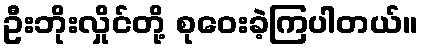
ဦးဘိုးလှိုင်တို့ စုဝေးခဲ့ကြပါတယ်။